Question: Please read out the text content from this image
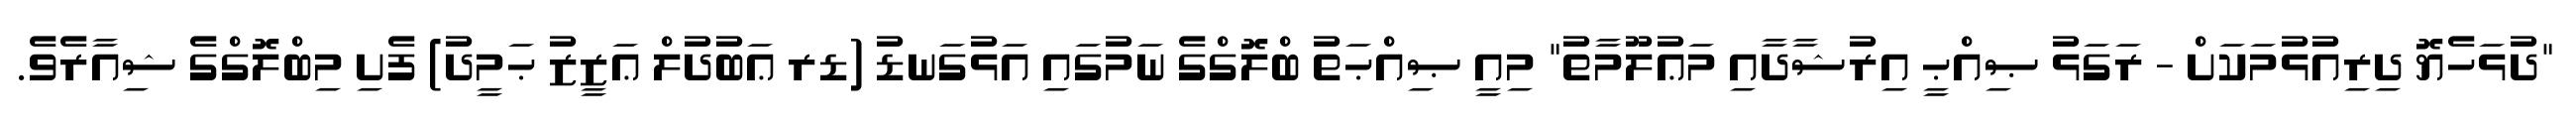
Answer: "ދުޅަހެޔޮ ދިރިއުޅުމަކަށް - ރަގަޅު ޞިއްޙީ އިރުޝާދާއި މަޢުލޫމާތު" މިއީ ޞިއްޙަތު ބްލޮގްގެ ނަމުގައި އަޅުގަނޑު (ޑރ ޢަބުދުލް ޢަޒީޒު ޙަމީދު) ފެށި މިބްލޮގްގެ ޝިއާރެވެ.